Saare_Masina-traktorijaam, lk 4
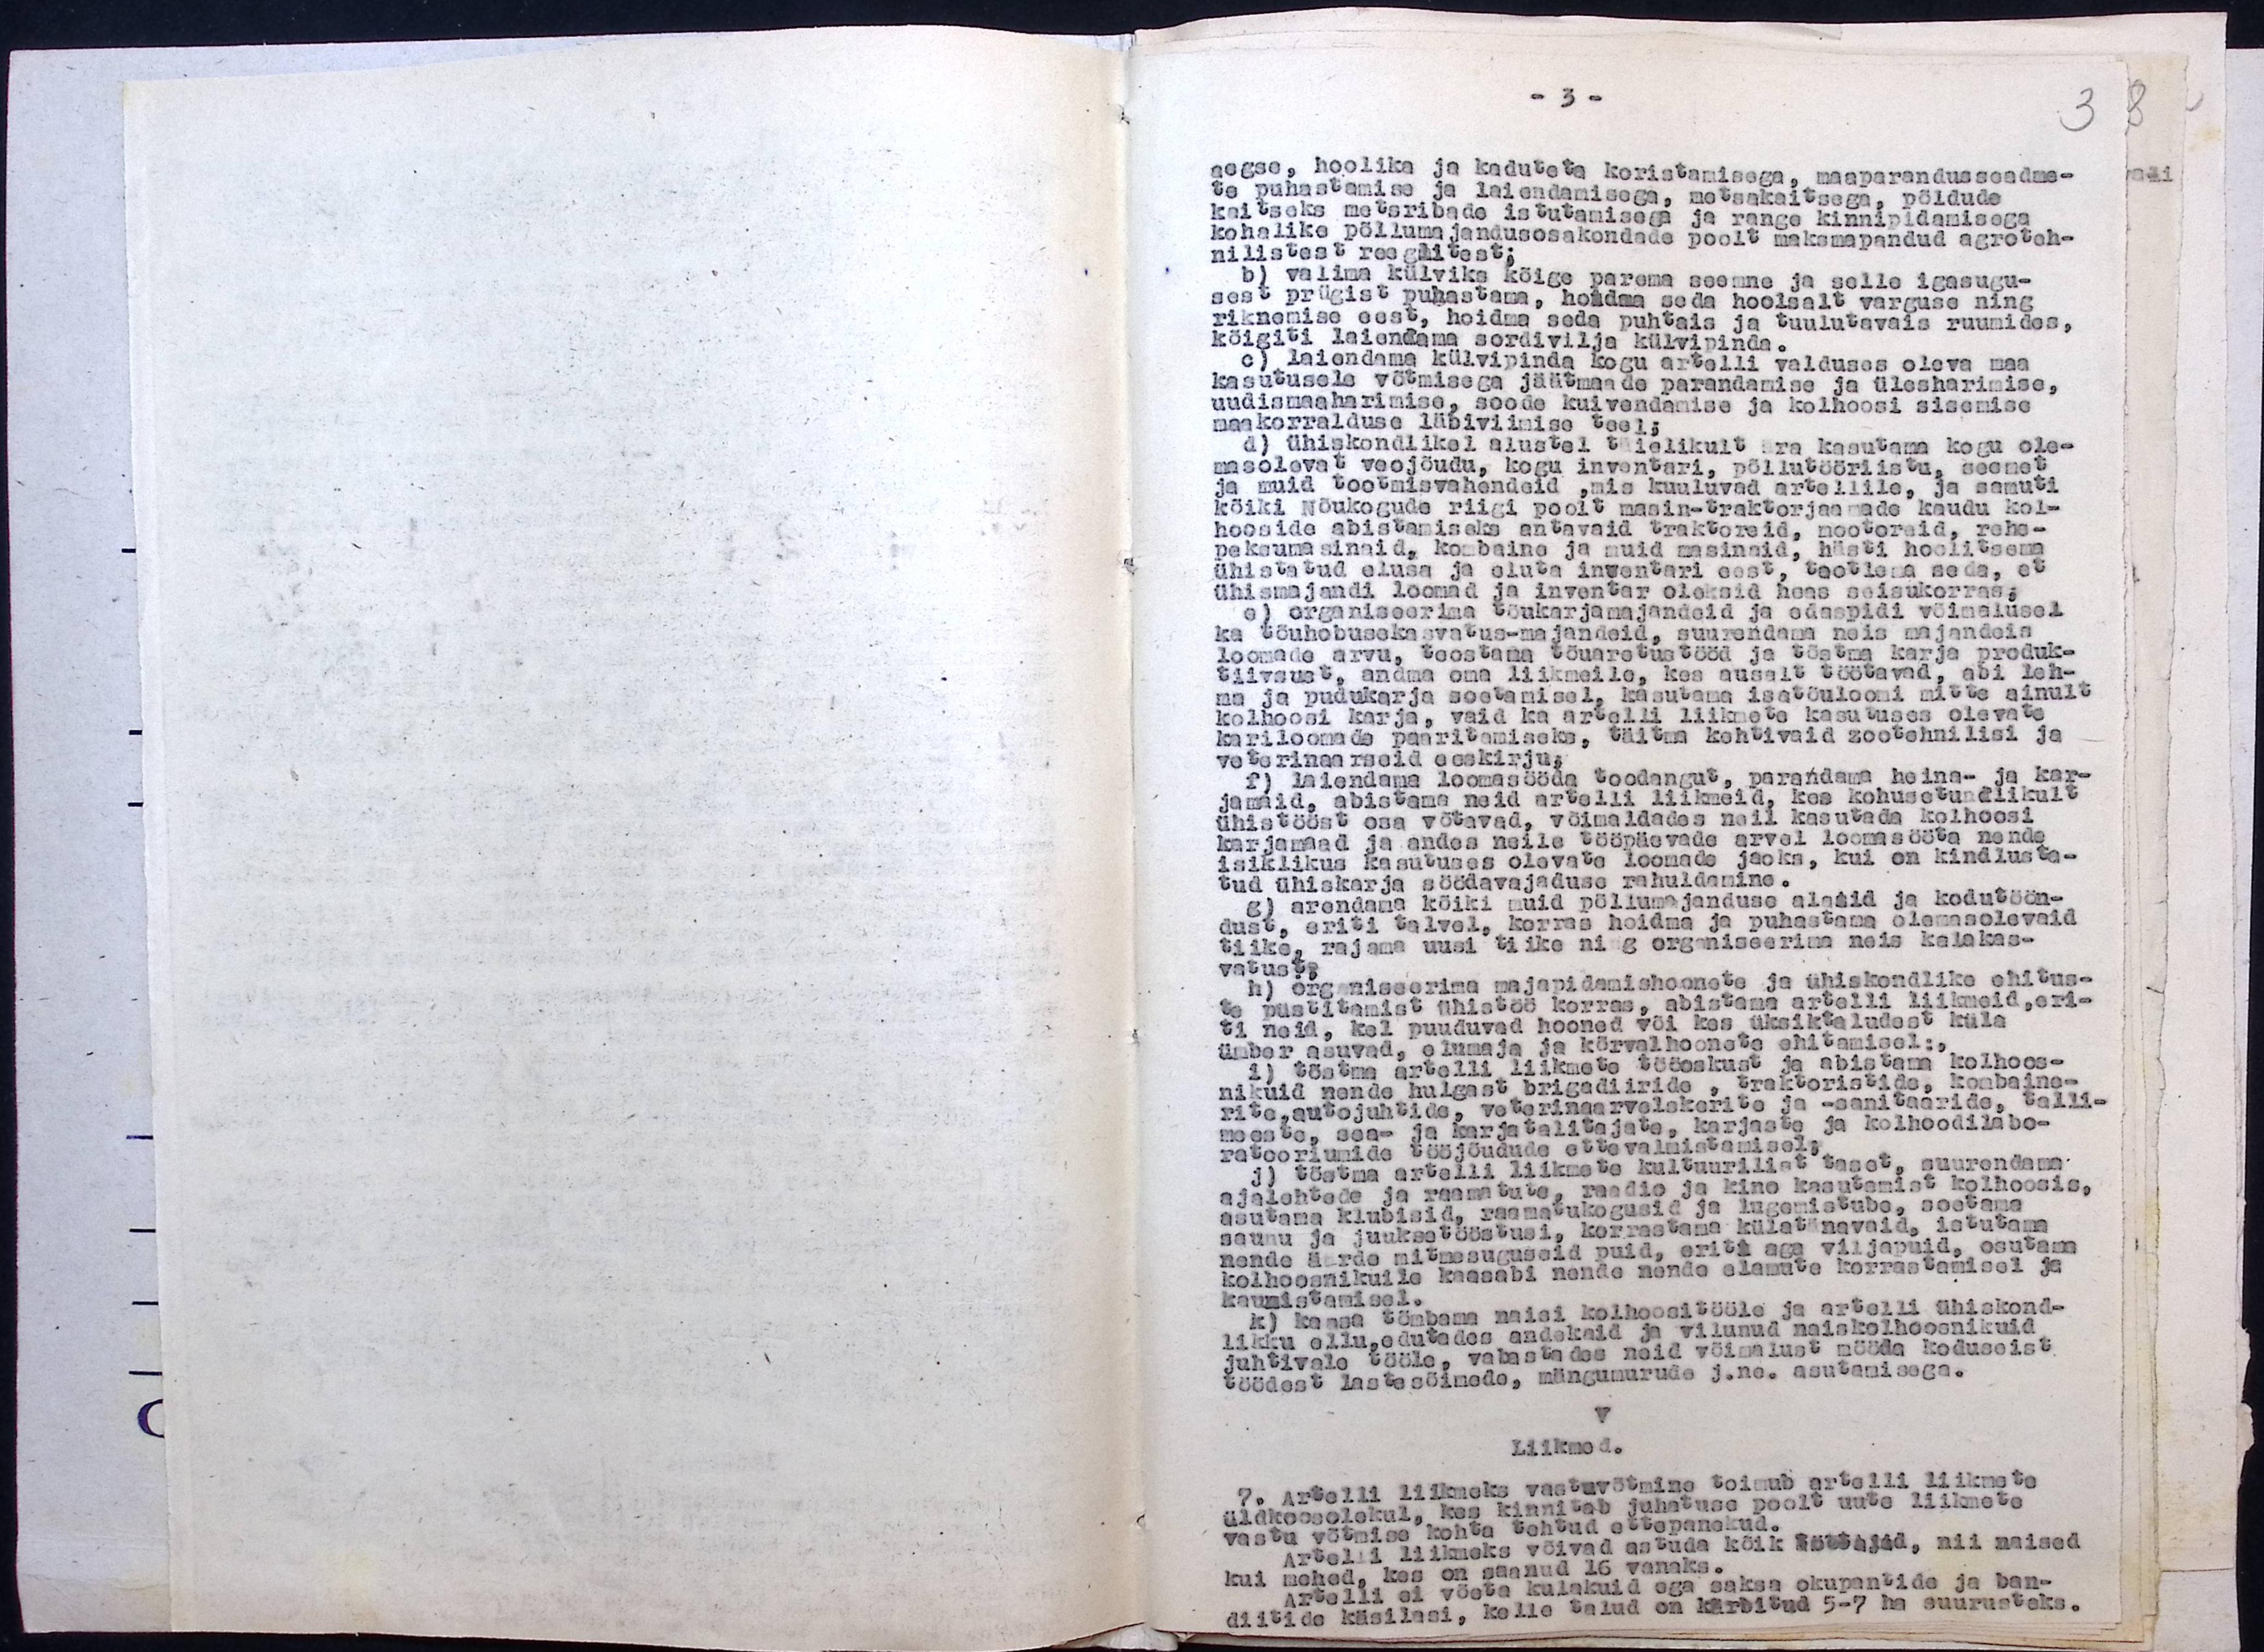
aegse, hoolika ja kaduteta koristamisega, maaparanduseadme-
te puhastamise ja laiendamisega, metsakaitsega, põldude
kaitseks metsribade istutamisega ja range kinnipidamisega
kohalike põllumajandusosakondade poolt maksmapandud agroteh-
nilistest reeglitest;
b) valima külvika kõige parema seemne ja selle igasugu-
sest prügist puhastama, hoidma seda hoolsalt varguse ning
riknemise eest, hoidma seda puhtais ja tuulutavais ruumides,
kõigiti laiendama sordivilja külvipinda.
c) laiendama külvipinda kogu artelli valduses oleva maa-
kasutusele võtmisega jäätmaade parandamise ja ülesharimise.
uudismaaharimise, soode kuivandamise ja kolhoosi sisemise
maakorralduse läbiviimise teel;
d) ühiskondlikel alustel täielikult ära kasutama kogu ole-
masolevat veojõudu, kogu inventari, põllutööriistu, seemet
ja muid tootmisvahendeid,mis kuuluvad artellile, ja samuti
kõiki nõukogude riigi poolt masin-traktorjaamade kaudu kol-
hooside abistamiseks antavaid traktoreid, mootoreid, rehe-
peksumasinaid, kombaine ja muid masinaid, hästi hoolitsema
ühistatud elusa ja eluta inventari eest, taotleda seda, et
ühismajandi loomad ja inventar oleksid heas seisukorras:
c) organiseerima tõukarjamajandeid ja edaspidi võimalusel
ka tõuhõbusekasvatus-majandeid, suurendama neis majandeis
loomade arvu, teostama tõuaretustööd ja tõstma karja produk-
tiivsust, andma oma liikmeile, kes ausalt töötavad, abi leh-
ma ja pudukarja soetamisel, kasutama isatõuloomi mitte ainult
kolhoosi karja, vaid ka artelli liikmete kasutuses olevate
kariloomade paaritamiseks, täitma kehtivaid zootehnilisi ja
veterinaarseid eeskirju
f) laiendama loomasööda toodangut, parandama heina- ja kar-
jamaid, abistama neid artelli liikmeid, kes kohusetundlikult
ühistööst osa võtavad, võimaldades neil kasutada kolhoosi
karjamaad ja andes neile tööpäevade arvel loomasööta nende
isiklikus kasutuses olevate loomade jaoks, kui on kindlusta-
tud ühiskarja söödavajaduse rahuldamine.
g) arendama kõiki muid põllumajanduse alasid ja kodutöön-
dust, eriti talvele, korras hoidma ja puhastama olemasolevaid
tiike, rajama uusi tiike ning organiseerima neis kalakas-
vatust?
h) organisserima majapidamishoonele ja ühiskondlike ehitus-
te püstitamist ühistöö korras, abistama artelli liikmeid, eri-
ti neid, kel puuduvad hooned või kes üksiktaludest küla
ümber asuvad, elumaja ja kõrvalhoonete ehitamisel:
i) Tõstma artelli liikmete tööoskust ja abistama kolhoos-
nikuid nende hulgast brigadiiride, traktoristide kombaine-
rite, autojuhtide, veterinaarvelskerite ja sanitaaride, talli-
meeste, sea- ja karjatalitajate, karjaste ja kolhoosilabo-
ratooriumide tööjõudude ettevalmistamisel;
j) tõstma artelli liikmete kultuurilist taset, suurendama
ajalehtede ja raamatute, raadio ja kino kasutamist kolhoosis,
asutama klubisid, raamatukogusid ja lugemistuba, soetama
saunu ja juuksetööstusi, korrastama külatänavaid, istutama
nende äärde mitmesuguseid puid, eriti aga viljapuid, osutama
kolhoosnikuile kaasaabi nende nende elamute korrastamisel ja
kaunistamisel.
k) kaasa tõmbama naisi kolhoositööle ja artelli ühiskond-
likku ellu, edutades andekaid ja vilunud naiskolhoosnikuid,
juhtivale tööle, vabastades neid võimalust mööda koduseist
töödest lastesõimede, mängumurude j.ne. asutamisega.
V.
Liikmed.
7. Artelli liikmeks vastuvõtmine toimub artelli liikmete
üldkoosolekul, kes kinnitab juhatuse poolt uute liikmete
vastu võtmise kohta tehtud ettepanekud.
Artelli liikmeks võivad astuda kõik töötajad, nii naised
kui mehed, kes on saanud 16 vanaks.
Artelli ei võeta kulakuid ega saksa okupantide ja ban-
diitide käsilasi, kelle talud on kärbitud 5-7 ha suurusteks.